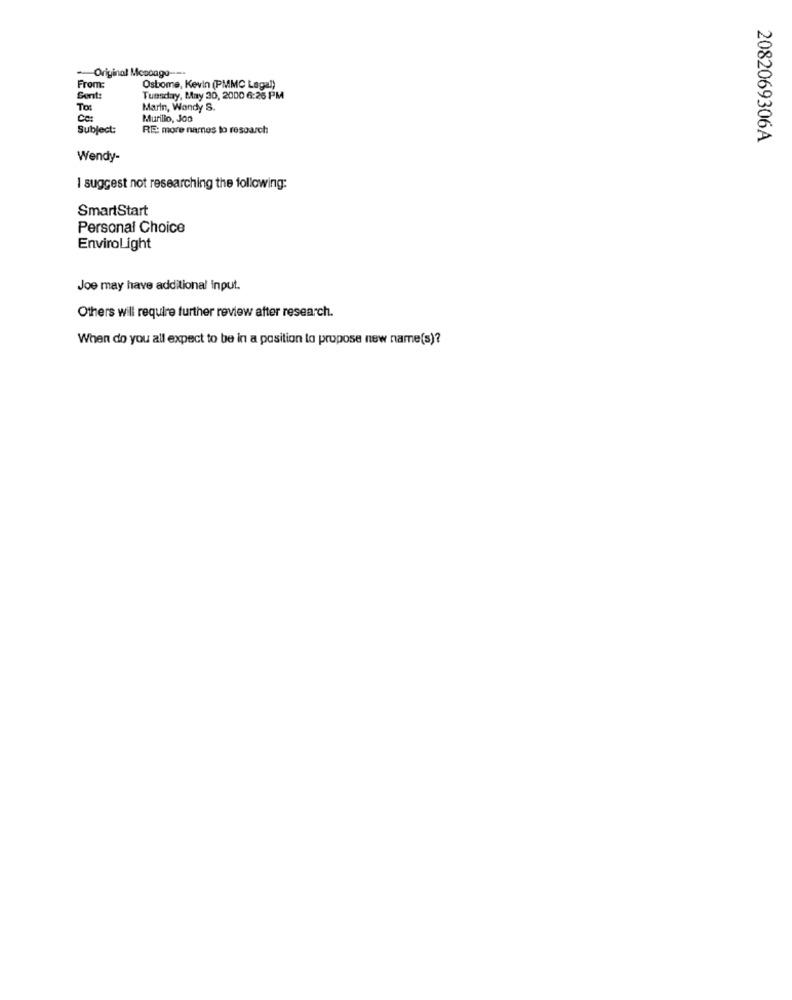
-Original Message -...
From:
Osbome, Kevin (PMMC Lagal)
Sort:
Tuesday, May 20, 2000 6:26 PM
To:
Marin, Wandy S.
Murillo, Joo
Subject:
RE: more names to resoarch
2082069306A
Wendy-
I suggest not researching the following:
SmartStart
Personal Choice
EnviroLight
Joe may have additional input.
Others will require further review after research.
When do you all expect to be in a position lo propose new name(s)?